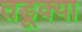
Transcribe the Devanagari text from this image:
तडूक्या